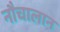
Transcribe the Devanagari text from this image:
नौचालान